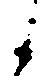
候